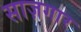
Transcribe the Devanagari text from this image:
साज़गार